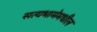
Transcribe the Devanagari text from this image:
सत्यभामेमधील